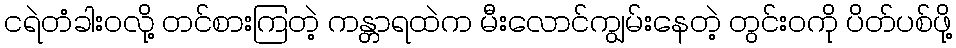
ငရဲတံခါးဝလို့ တင်စားကြတဲ့ ကန္တာရထဲက မီးလောင်ကျွမ်းနေတဲ့ တွင်းဝကို ပိတ်ပစ်ဖို့